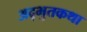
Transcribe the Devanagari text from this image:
अद्भुतकथा